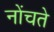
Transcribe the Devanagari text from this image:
नोंचते